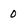
Character: 0